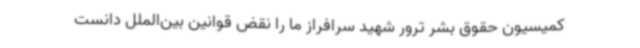
کمیسیون حقوق بشر ترور شهید سرافراز ما را نقض قوانین بین‌الملل دانست